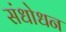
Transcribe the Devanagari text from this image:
संधोधन